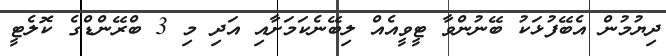
ދިޔުމުން އެބޭފުޅަކު ބޭނުންވާ ޓީވީއެއް ލިބޭނެކަމަށާއި އަދި މި 3 ބްރޭންޑްގެ ކޮލެޓީ